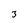
Character: 3